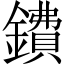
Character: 鐨